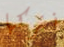
نتركها